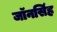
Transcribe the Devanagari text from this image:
जॉनसिंह